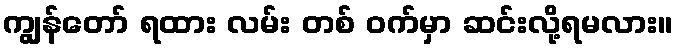
ကျွန်တော် ရထား လမ်း တစ် ဝက်မှာ ဆင်းလို့ရမလား။